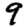
Digit: 9